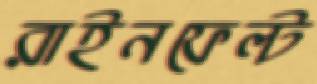
রাইনফেল্ট